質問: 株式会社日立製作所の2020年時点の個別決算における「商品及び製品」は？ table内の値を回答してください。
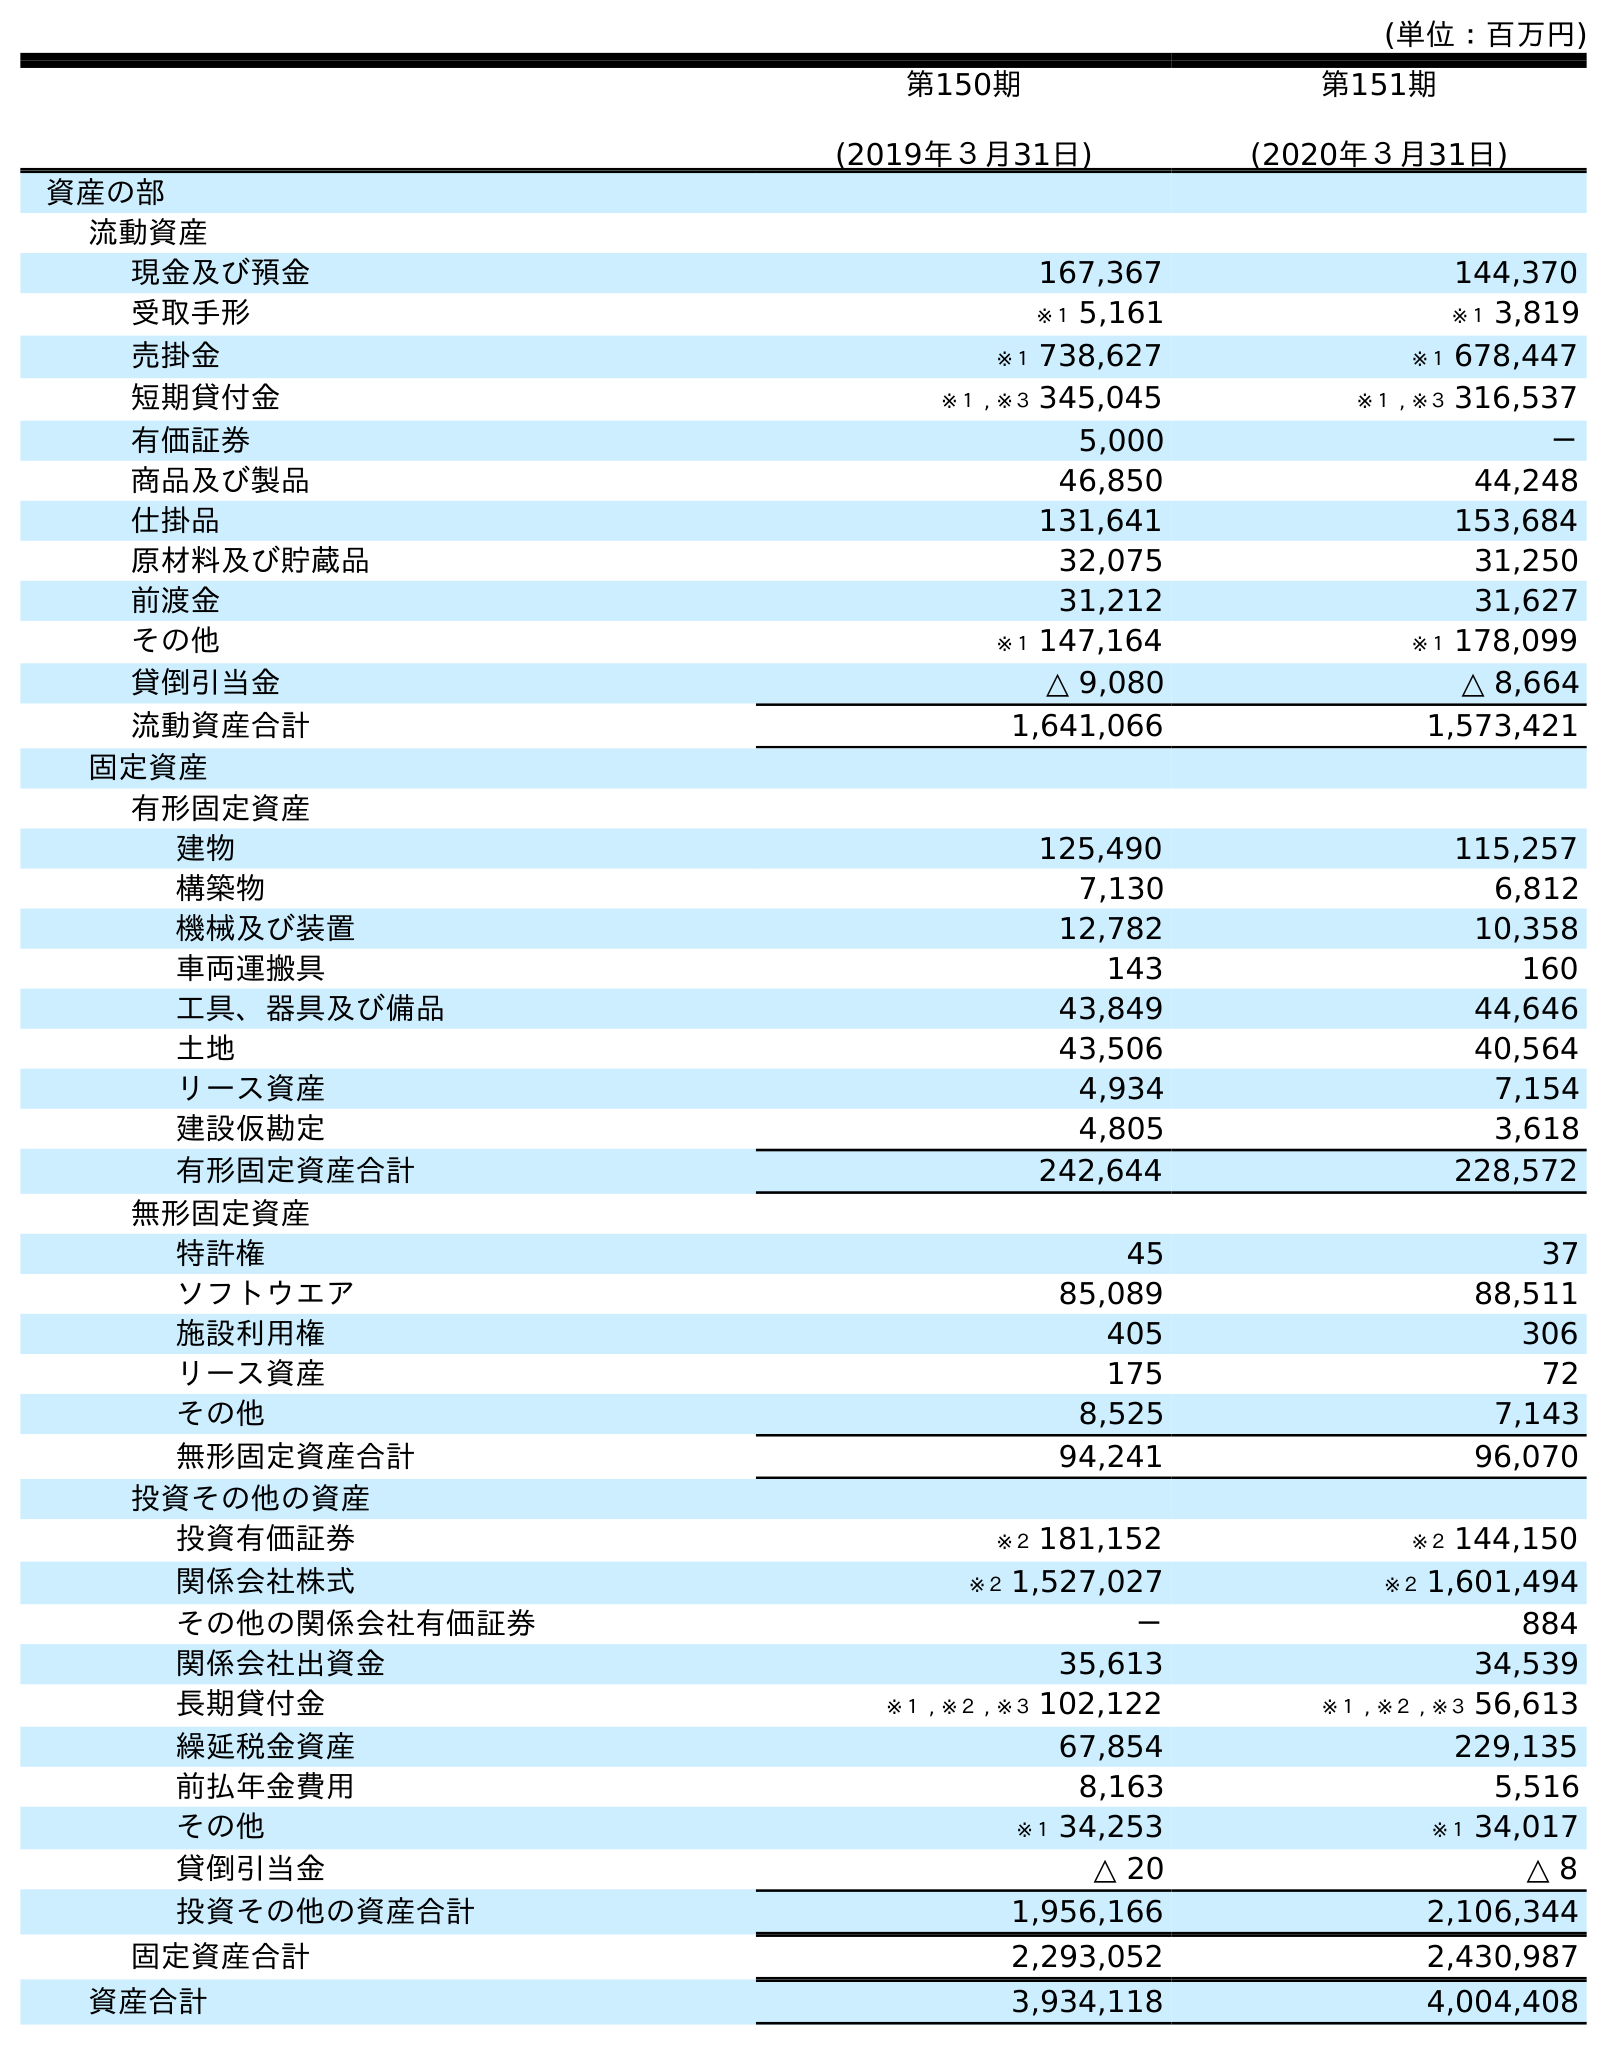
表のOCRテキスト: (単位：百万円) 第150期 (2019年３月31日) 第151期 (2020年３月31日) 資産の部 流動資産 現金及び預金 167,367 144,370 受取手形 ※１ 5,161 ※１ 3,819 売掛金 ※１ 738,627 ※１ 678,447 短期貸付金 ※１ , ※３ 345,045 ※１ , ※３ 316,537 有価証券 5,000 － 商品及び製品 46,850 44,248 仕掛品 131,641 153,684 原材料及び貯蔵品 32,075 31,250 前渡金 31,212 31,627 その他 ※１ 147,164 ※１ 178,099 貸倒引当金 △ 9,080 △ 8,664 流動資産合計 1,641,066 1,573,421 固定資産 有形固定資産 建物 125,490 115,257 構築物 7,130 6,812 機械及び装置 12,782 10,358 車両運搬具 143 160 工具、器具及び備品 43,849 44,646 土地 43,506 40,564 リース資産 4,934 7,154 建設仮勘定 4,805 3,618 有形固定資産合計 242,644 228,572 無形固定資産 特許権 45 37 ソフトウエア 85,089 88,511 施設利用権 405 306 リース資産 175 72 その他 8,525 7,143 無形固定資産合計 94,241 96,070 投資その他の資産 投資有価証券 ※２ 181,152 ※２ 144,150 関係会社株式 ※２ 1,527,027 ※２ 1,601,494 その他の関係会社有価証券 － 884 関係会社出資金 35,613 34,539 長期貸付金 ※１ , ※２ , ※３ 102,122 ※１ , ※２ , ※３ 56,613 繰延税金資産 67,854 229,135 前払年金費用 8,163 5,516 その他 ※１ 34,253 ※１ 34,017 貸倒引当金 △ 20 △ 8 投資その他の資産合計 1,956,166 2,106,344 固定資産合計 2,293,052 2,430,987 資産合計 3,934,118 4,004,408
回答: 44,248